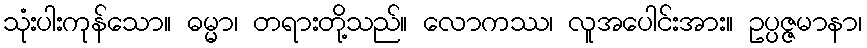
သုံးပါးကုန်သော။ ဓမ္မာ၊ တရားတို့သည်။ လောကဿ၊ လူအပေါင်းအား။ ဥပ္ပဇ္ဇမာနာ၊